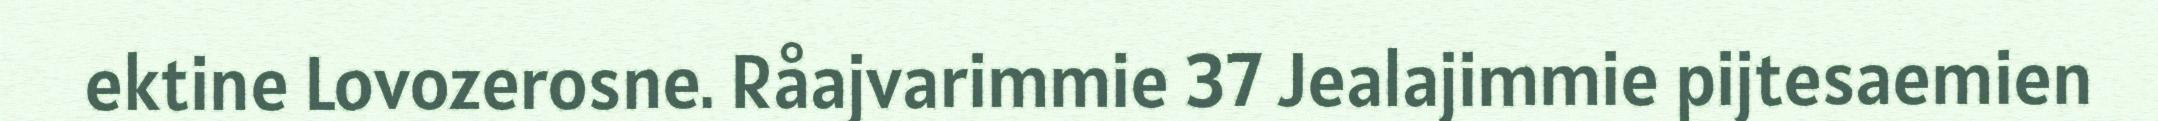
ektine Lovozerosne. Råajvarimmie 37 Jealajimmie pijtesaemien